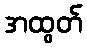
အထွတ်